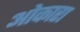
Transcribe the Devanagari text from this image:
ओकारा